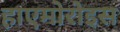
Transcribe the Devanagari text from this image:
हाएमोरोइस